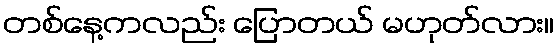
တစ်နေ့ကလည်း ပြောတယ် မဟုတ်လား။